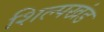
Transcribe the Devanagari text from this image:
शिल्पखंड